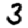
Digit: 3